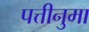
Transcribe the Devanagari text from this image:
पत्तीनुमा